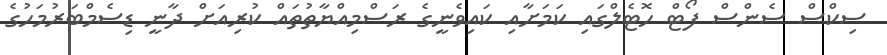
ސިކްސް ސެންސް ފޯޓް ހޮޓެލްގައި ކަމަށާއި ކައިވެނީގެ ރަސްމިއްޔާތުތައް ކުރިއަށް ދާނީ ޑިސެމްބަރުމަހުގެ